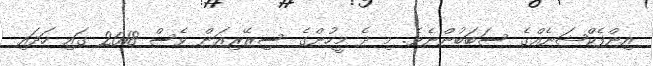
އިންފެކްޝަނެއްގެ ސަބަބުންނެވެ. މި ދެ މީހުންގެ ސިޒޭރިއަން ވެސް 2018 ގައި ހަދައި